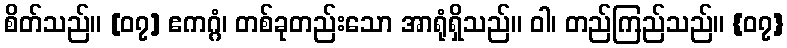
စိတ်သည်။ [၀၇] ဧကဂ္ဂံ၊ တစ်ခုတည်းသော အာရုံရှိသည်။ ဝါ၊ တည်ကြည်သည်။ {၀၇}